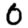
Digit: 0